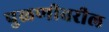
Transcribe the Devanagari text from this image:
पुळणीवरील